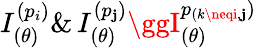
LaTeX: I_{(\theta)}^{(p_{i})}\& \, I_{(\theta)}^{(p_{\mathbf{j}})}\ggI_{(\theta)}^{p_{(k\neqi,\mathbf{j}})}